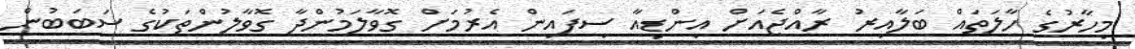
މިހާރުގެ ހާލަތައް ބަލާއިރު ރާއްޖެއަށް އިންޑިއާ ސިފައިން އެރުމަށް ގޮވާލަމުންދާ ގޮވާލުންތަކުގެ ސަބަބުން